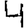
Digit: 4